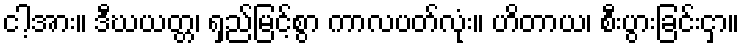
ငါ့အား။ ဒီဃယတ္တ၊ ရှည်မြင့်စွာ ကာလပတ်လုံး။ ဟိတာယ၊ စီးပွားခြင်းငှာ။